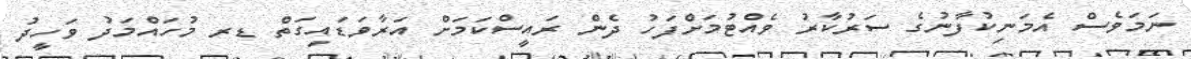
ނަމަވެސް އެމަނިކުފާނުގެ ސަރުކާރު ވެއްޓުމަށްފަހު ދެން ރައީސްކަމަށް އަރާވަޑައިގަތް ޑރ މުހައްމަދު ވަހީދު